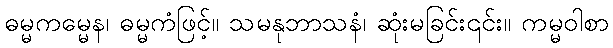
ဓမ္မကမ္မေန၊ ဓမ္မကံဖြင့်။ သမနုဘာသနံ၊ ဆုံးမခြင်း၎င်း။ ကမ္မဝါစာ